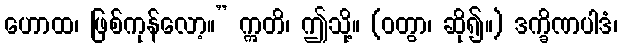
ဟောထ၊ ဖြစ်ကုန်လော့။” ဣတိ၊ ဤသို့။ (ဝတွာ၊ ဆို၍။) ဒက္ခိဏပါဒံ၊